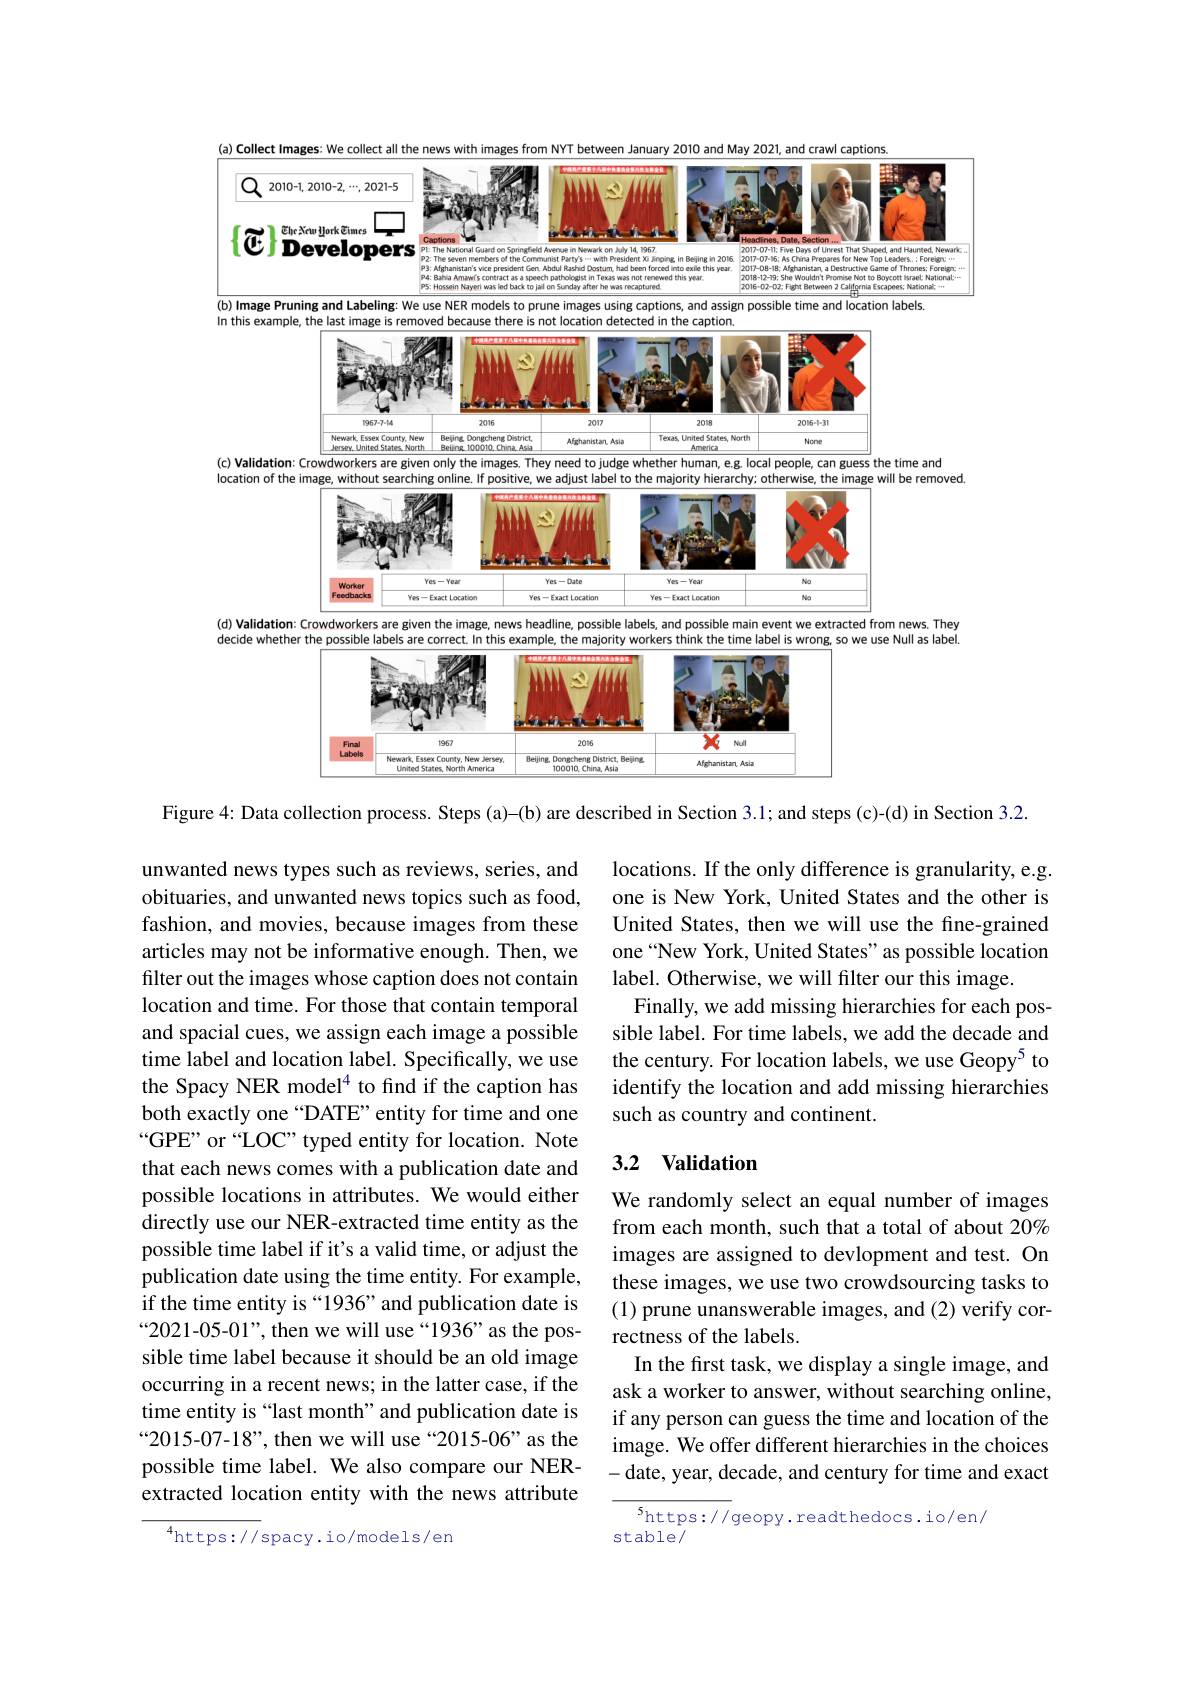
(a) Collect Images: We collect all the news with images from NYT between January 2010 and May 2021, and crawl captions
<FigureHere>
(b) Image Pruning and Labeling: We use NER models to prune images using captions, and assign possible time and location labels

In this example, the last image is removed because there is not location detected in the caption
<FigureHere>

(c) Validation: Crowdworkers are given only the images.They need to judge whether human, eg. local people, can guess the time and

location of the image, without searching online. If positive, we adjust label to the majority hierarchy; otherwise, the image will be removed
<FigureHere>

(d) Validation: Crowdworkers are given the image, news headline, possible labels, and possible main event we extracted from news. They

label

decide whether the possible labels are correct. In this example, the majority workers think the time label is wrong, so we use Nul
<FigureHere>

Figure 4: Data collection process. Steps (a)-(b) are described in Section 3.1; and steps (c)-(d) in Section 3.2.

locations. If the only difference is granularity, e.g. one is New York, United States and the other is United States, then we will use the fine-grained one “New York, United States" as possible location label. Otherwise, we will filter our this image.
Finally, we add missing hierarchies for each possible label. For time labels, we add the decade and the century. For location labels, we use Geopy$^{5}$ to identify the location and add missing hierarchies such as country and continent.

## 3.2 Validation

unwanted news types such as reviews, series, and obituaries, and unwanted news topics such as food, fashion, and movies, because images from these articles may not be informative enough. Then, we filter out the images whose caption does not contain location and time. For those that contain temporal and spacial cues, we assign each image a possible time label and location label. Specifically, we use the Spacy NER model$^{4}$ to find if the caption has both exactly one “DATE”entity for time and one “GPE" or “LOC” typed entity for location. Note that each news comes with a publication date and possible locations in attributes. We would either directly use our NER-extracted time entity as the possible time label if it's a valid time, or adjust the publication date using the time entity. For example, if the time entity is “1936” and publication date is “2021-05-01”, then we will use“1936”as the possible time label because it should be an old image occurring in a recent news; in the latter case, if the time entity is “last month”and publication date is “2015-07-18”, then we will use“2015-06”as the possible time label. We also compare our NERextracted location entity with the news attribute

We randomly select an equal number of images from each month, such that a total of about 20% images are assigned to devlopment and test. On these images, we use two crowdsourcing tasks to (1) prune unanswerable images, and (2) verify correctness of the labels.
In the first task, we display a single image, and ask a worker to answer, without searching online, if any person can guess the time and location of the image. We offer different hierarchies in the choices -date, year, decade, and century for time and exact

$\overline{^5\mathrm{https://geopy.readthedocs.io/en/}}$
stable/

$^{4}$https://spacy.io/models/en